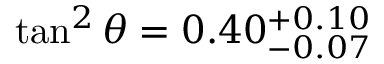
\tan ^ { 2 } \theta = 0 . 4 0 _ { - 0 . 0 7 } ^ { + 0 . 1 0 }